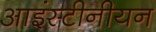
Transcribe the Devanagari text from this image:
आइंस्टीनीयन